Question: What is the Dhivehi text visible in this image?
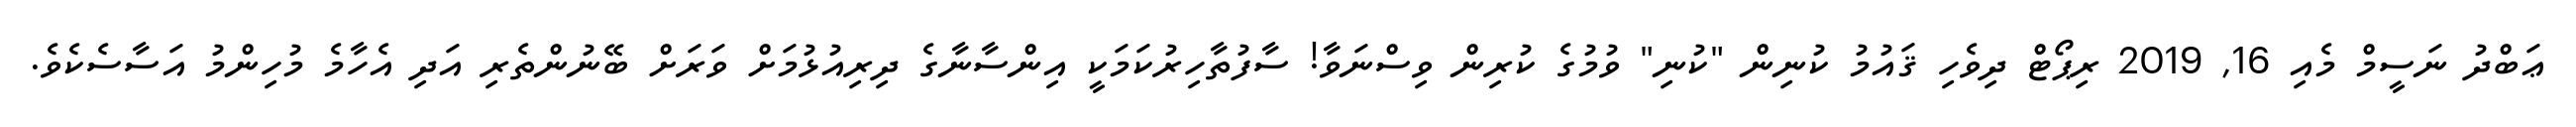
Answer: ޢަބްދު ނަސީމް މެއި 16, 2019 ރިޕޯޓް ދިވެހި ޤައުމު ކުނިން "ކުނި" ވުމުގެ ކުރިން ވިސްނަވާ! ސާފުތާހިރުކަމަކީ އިންސާނާގެ ދިރިއުޅުމަށް ވަރަށް ބޭނުންތެރި އަދި އެހާމެ މުހިންމު އަސާސެކެވެ.